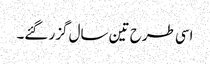
اسی طرح تین سال گزر گئے۔